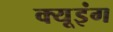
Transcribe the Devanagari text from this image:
क्यूइंग